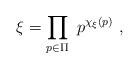
LaTeX: \begin{align*}\xi = \prod_{p \in \Pi} ~ p^{\chi_{\xi}(p)} \ ,\end{align*}